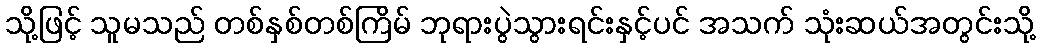
သို့ဖြင့် သူမသည် တစ်နှစ်တစ်ကြိမ် ဘုရားပွဲသွားရင်းနှင့်ပင် အသက် သုံးဆယ်အတွင်းသို့